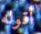
أقوله